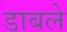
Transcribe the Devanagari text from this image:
डाबले